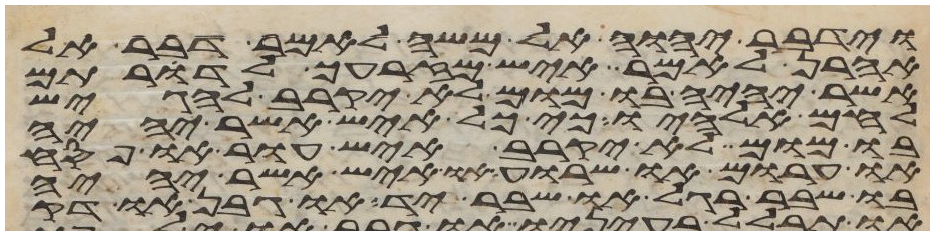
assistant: וידבר יהוה אל משה לאמר דבר אל
אהרן לאמר איש מזרעך לדרותם
אשר יהיה בו מום לא יקרב להגיש
לחם אלהיו כי כל איש אשר יהיה
בו מום לא יקרב איש עור או פסח
או חרום או שרוע או איש אשר יהיה
בו שבר רגל או שבר יד או גבן או דק